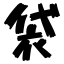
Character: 袋